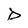
Character: D